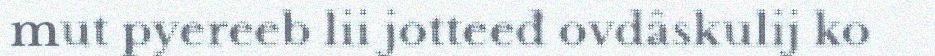
mut pyereeb lii jotteeđ ovdâskulij ko